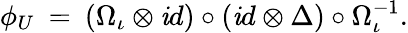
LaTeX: \phi_{U}\: =\: (\Omega_{\iota}\otimes\mathit{i}d)\circ(\mathit{i}d\otimes\Delta)\circ\Omega_{\iota}^{-1}.